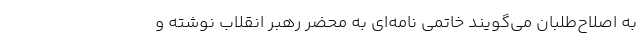
به اصلاح‌طلبان می‌گویند خاتمی نامه‌ای به محضر رهبر انقلاب نوشته و